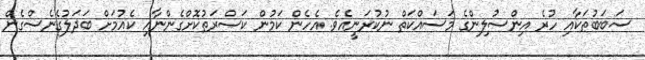
ސަބަބުތަކާއި ހުރެ އިންސުލިންގެ މަސައްކަތް ނުކުރަނީއެވެ. އެހެން ކަމުން ކަސްރަތުކޮށްގެންނާއި ކެއުމަށް ބަދަލުގެނެސްގެން